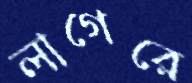
লাগেরে